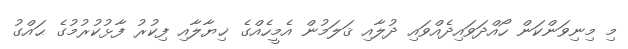
މި މިނިވަންކަން ހޯއްދަވައިދެއްވައި ދުލާއި ޤަލަމުން އެމީހެއްގެ ޚިޔާލާއި ފިކުރު ފާޅުކުރުމުގެ ޙައްގު